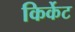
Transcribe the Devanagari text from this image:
किर्केट